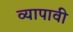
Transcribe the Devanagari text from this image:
व्यापावी